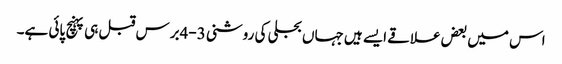
اس میں بعض علاقے ایسے ہیں جہاں بجلی کی روشنی 3-4برس قبل ہی پہنچ پائی ہے۔